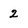
Character: 2